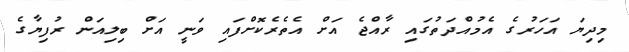
މިދިޔަ އަހަރުގެ އެމުއްދަތުގައި ރާއްޖެ އަށް އެތެރެކޮށްފައި ވަނީ އަށް ބިލިއަން ރުފިޔާގެ